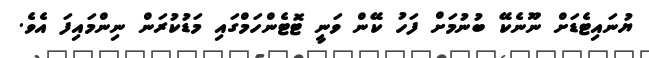
ޔުނައިޓެޑަށް ނޫނެކޭ ބުނުމަށް ފަހު ކޭން ވަނީ ޓޮޓެންހަމްގައި މަޑުކުރަން ނިންމައިފަ އެވެ.